Report on sanitation, dispensaries, and jails in Rajputana for 1920, and on vaccination for the year 1920-1921 - 1920-1921
Year: 1920
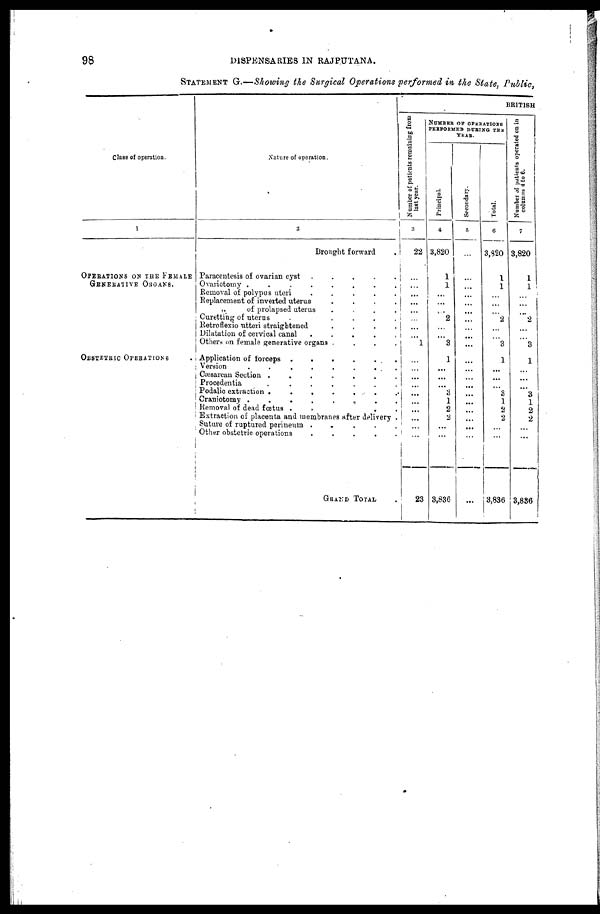
98
DISPENSARIES IN RAJPUTANA.
STATEMENT G.—Showing the Surgical Operations performed in the State, Public,
Class of operation.
1
OPERATIONS ON THE FEMALE
GENERATIVE ORGANS.
OBSTETRIC OPERATIONS
Nature of operation.
2
Brought forward .
Paracentesis of ovarian cyst .
.
.
.
.
Ovariotomy .
.
.
.
.
.
.
.
Removal of polypus uteri
. . . . .
Replacement of inverted uterus
. . . .
„
of prolapsed uterus
. . . .
Curetting of uterus
. . . .
Retroflexio utteri straightened
. . . .
Dilatation of cervical canal
. . . . .
Others on female generative organs . . . .
Application of forceps .
.
.
.
.
.
Version
.
.
.
.
.
.
.
Oæsarcan Section .
.
.
.
.
.
.
Procedentia
.
.
.
.
.
.
.
Podalic extraction .
.
.
.
.
.
.
Craniotomy .
.
.
.
.
.
.
.
Removal of dead fœtus .
. .
Extraction of placenta and membranes after delivery .
Suture of ruptured perineum . .
.
.
.
.
Other obstetric operations . . . . .
GRAND TOTAL .
BRITISH
Number of patients remaining from
last year.
3
22
...
...
...
...
...
...
...
...
1
...
...
...
...
...
...
...
...
...
...
23
NUMBER OF OPERATIONS
PERFORMED DURING THE
YEAR.
Principal.
4
3,820
1
1
...
...
...
2
...
...
3
1
...
...
...
3
1
2
2
...
...
3,836
Secondary.
5
...
...
...
...
...
...
...
...
...
...
...
...
...
...
...
...
...
...
...
...
...
Total.
6
3,820
1
1
...
...
...
2
...
...
3
1
...
...
...
3
1
2
2
...
...
3,836
Number of patients operated on in
columns
4
to
6.
7
3,820
1
1
...
...
...
2
...
...
3
1
...
...
...
3
1
2
2
...
...
3,836